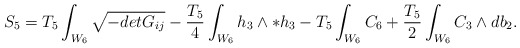
\begin{align*}S_5=T_5\int_{W_6}\sqrt{-det G_{ij}}-{T_5\over 4}\int_{W_6}h_3\wedge *h_3 - T_5\int_{W_6}C_6+{T_5\over 2}\int_{W_6}C_3\wedge db_2.\end{align*}